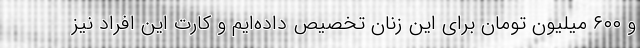
و ۶۰۰ میلیون تومان برای این زنان تخصیص داده‌ایم و کارت این افراد نیز